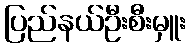
ပြည်နယ်ဦးစီးမှူး